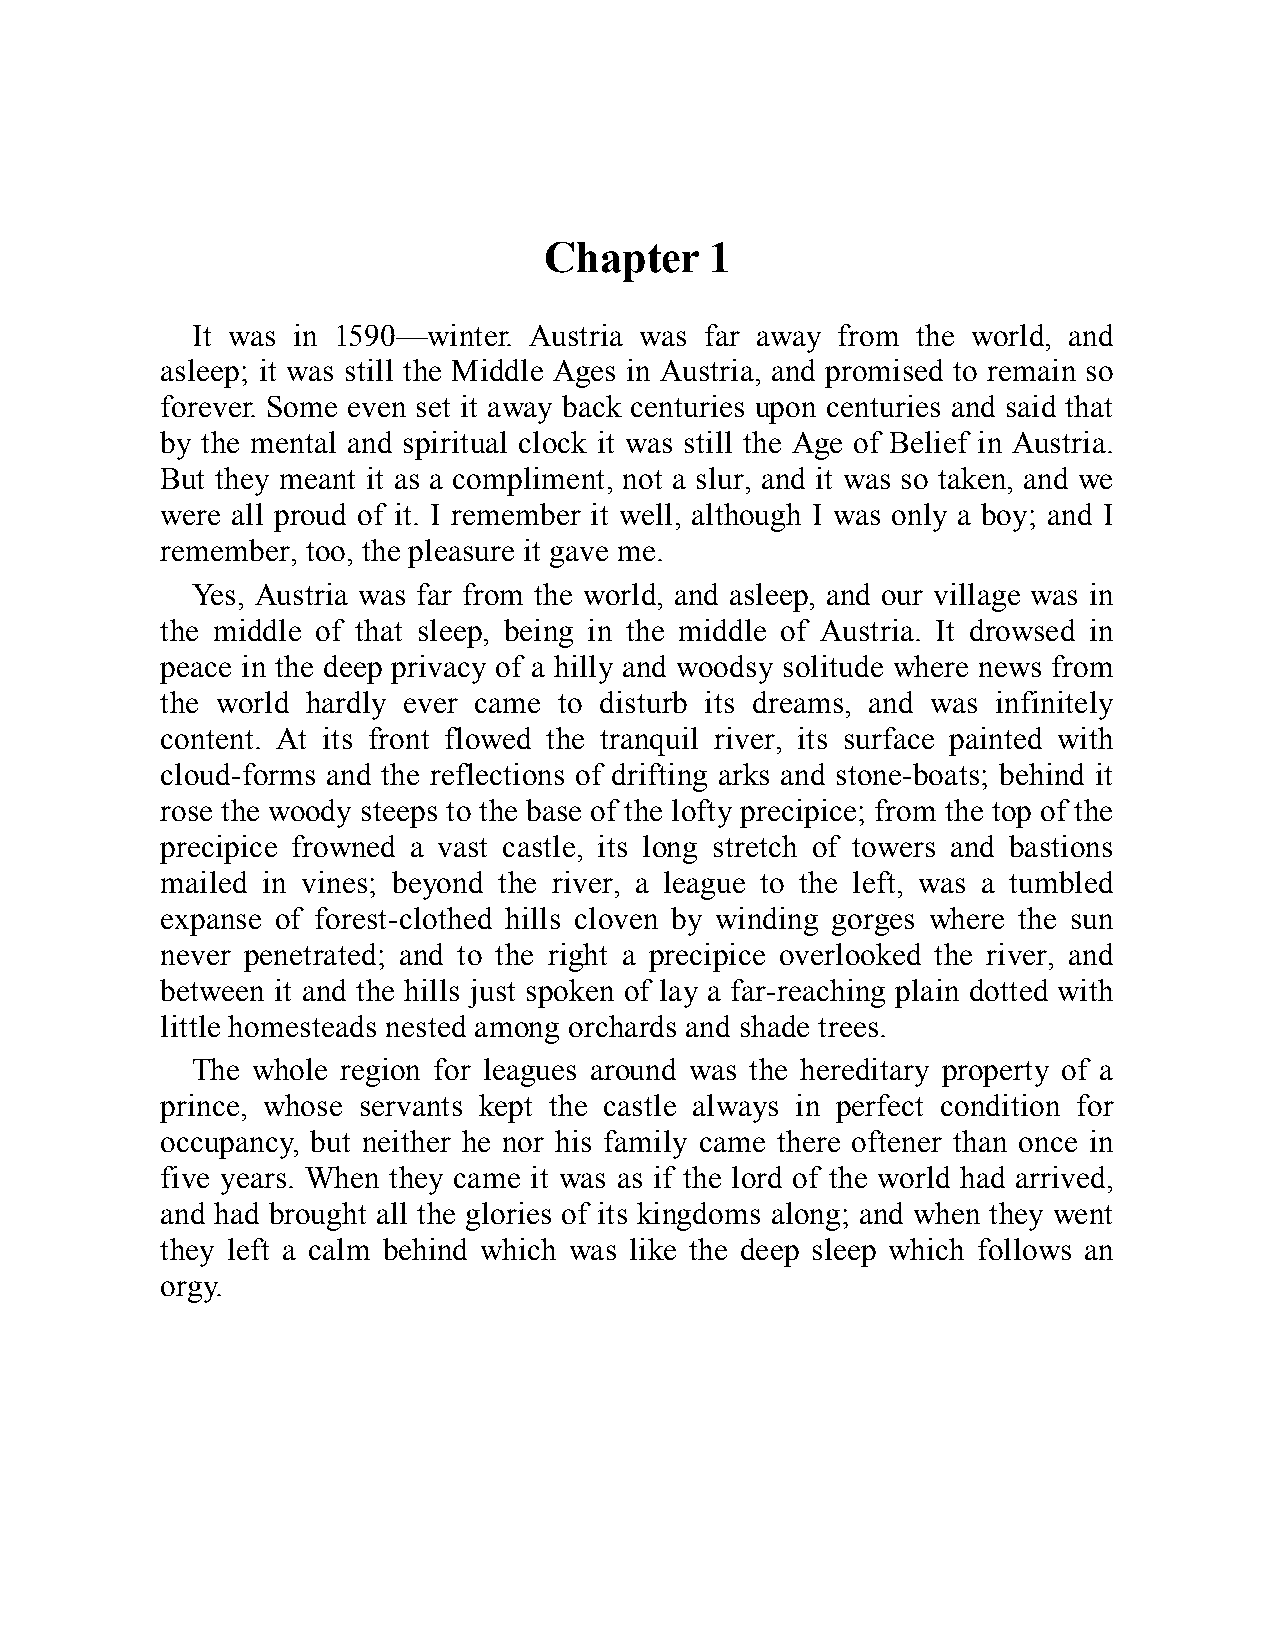
Chapter    1
 It was in 1590—winter. Austria was far away from the world, and
 asleep; it was still the Middle Ages in Austria, and promised to remain so
 forever. Some even set it away back centuries upon centuries and said that
 by the mental and spiritual clock it was still the Age of Belief in Austria.
 But they meant it as a compliment, not a slur, and it was so taken, and we
 were all proud of it. I remember it well, although I was only a boy; and I
 remember, too, the pleasure it gave me.
 Yes, Austria was far from the world, and asleep, and our village was in
 the middle of that sleep, being in the middle of Austria. It drowsed in
 peace in the deep privacy of a hilly and woodsy solitude where news from
 the world hardly ever came to disturb its dreams, and was infinitely
 content. At its front flowed the tranquil river, its surface painted with
 cloud-forms and the reflections of drifting arks and stone-boats; behind it
 rose the woody steeps to the base of the lofty precipice; from the top of the
 precipice frowned a vast castle, its long stretch of towers and bastions
 mailed in vines; beyond the river, a league to the left, was a tumbled
 expanse of forest-clothed hills cloven by winding gorges where the sun
 never penetrated; and to the right a precipice overlooked the river, and
 between it and the hills just spoken of lay a far-reaching plain dotted with
 little homesteads nested among orchards and shade trees.
 The whole region for leagues around was the hereditary property of a
 prince, whose servants kept the castle always in perfect condition for
 occupancy, but neither he nor his family came there oftener than once in
 five years. When they came it was as if the lord of the world had arrived,
 and had brought all the glories of its kingdoms along; and when they went
 they left a calm behind which was like the deep sleep which follows an
 orgy.